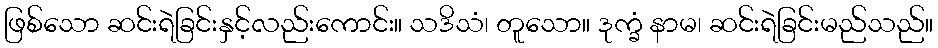
ဖြစ်သော ဆင်းရဲခြင်းနှင့်လည်းကောင်း။ သဒိသံ၊ တူသော။ ဒုက္ခံ နာမ၊ ဆင်းရဲခြင်းမည်သည်။